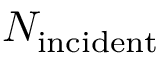
N _ { \mathrm { i n c i d e n t } }